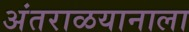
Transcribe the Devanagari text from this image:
अंतराळयानाला